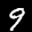
Label: 9